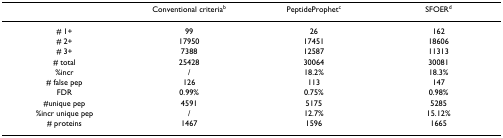
|  | Conventional criteriab | PeptideProphetc | SFOERd |
 | --- | --- | --- | --- |
 | # 1+ | 99 | 26 | 162 |
 | # 2+ | 17950 | 17451 | 18606 |
 | # 3+ | 7388 | 12587 | 11313 |
 | # total | 25428 | 30064 | 30081 |
 | %incr | / | 18.2% | 18.3% |
 | # false pep | 126 | 113 | 147 |
 | FDR | 0.99% | 0.75% | 0.98% |
 | #unique pep | 4591 | 5175 | 5285 |
 | %incr unique pep | / | 12.7% | 15.12% |
 | # proteins | 1467 | 1596 | 1665 |